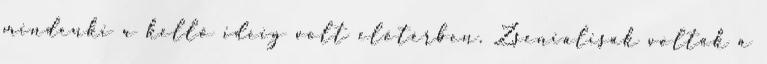
mindenki a kellő ideig volt előtérben. Zseniálisak voltak a